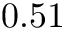
0 . 5 1